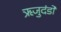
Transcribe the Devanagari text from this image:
ऋजुदंडों